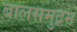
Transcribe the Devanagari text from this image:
बालसमुद्रम